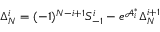
\Delta _ { N } ^ { i } = ( - 1 ) ^ { N - i + 1 } S _ { - 1 } ^ { i } - e ^ { \mathcal { A } _ { i } ^ { \ast } } \Delta _ { N } ^ { i + 1 }